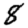
Digit: 8